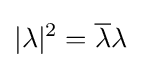
|\lambda |^{2}={\overline {\lambda }}{\lambda }